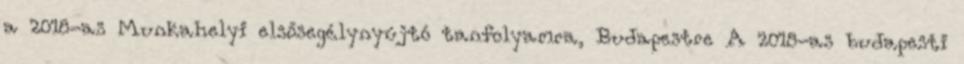
a 2018-as Munkahelyi elsősegélynyújtó tanfolyamra, Budapestre A 2018-as budapesti